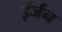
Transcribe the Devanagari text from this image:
इंर्जन